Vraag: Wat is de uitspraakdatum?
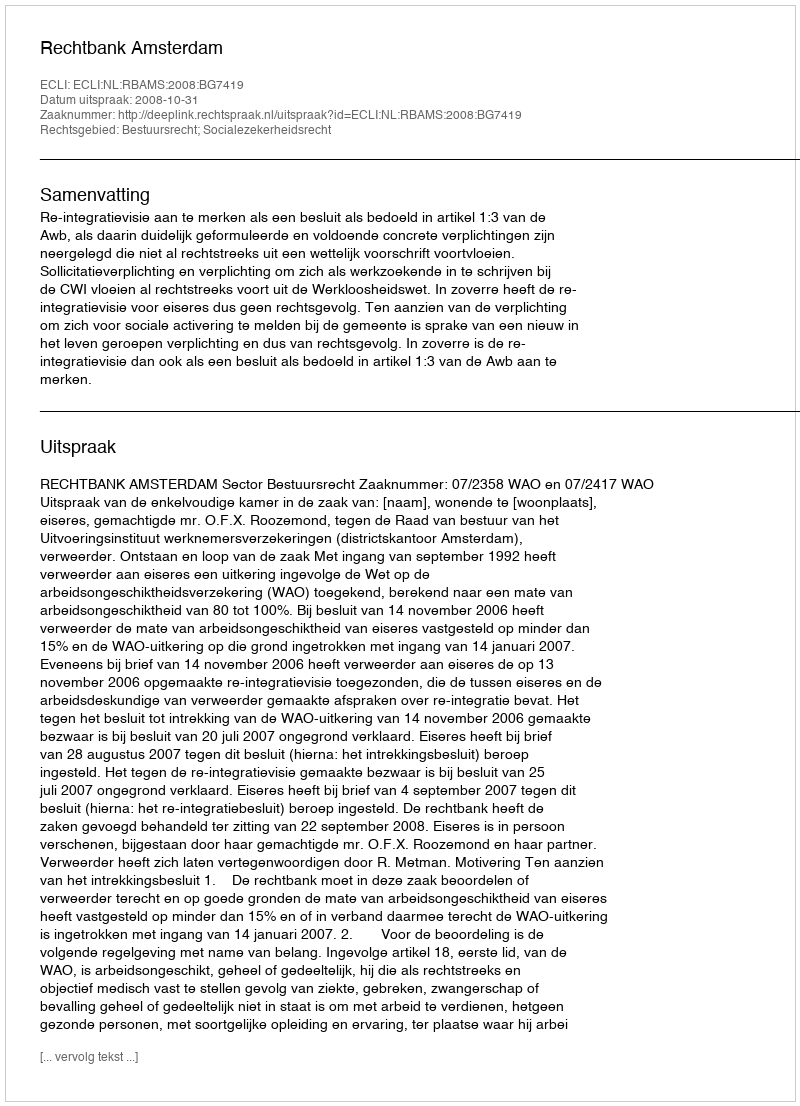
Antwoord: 2008-10-31